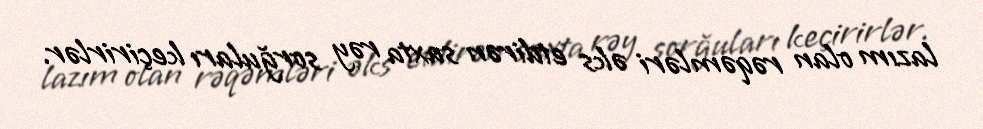
lazım olan rəqəmləri əks etdirən saxta rəy sorğuları keçirirlər.